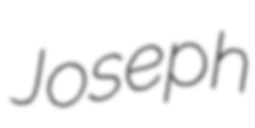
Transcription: Joseph